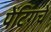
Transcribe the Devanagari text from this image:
पेंटिंगचे